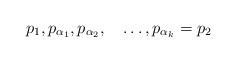
LaTeX: \begin{align*}p_1,p_{\alpha_1},p_{\alpha_2},\quad\ldots,p_{\alpha_k}=p_2\end{align*}